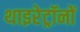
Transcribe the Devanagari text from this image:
थाइरेट्रॉनों